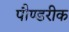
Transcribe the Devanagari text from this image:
पौण्डरीक